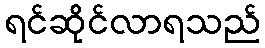
ရင်ဆိုင်လာရသည်